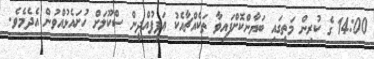
14:00 ގެ ކުރިން މަތީގައި ބަޔާންކޮށްފައިވާ ތަކެއްޗާއެކު ޢަފީފުއްދީން ސްކޫލަށް ހުށައެޅުއްވުން އެދެމެވެ.